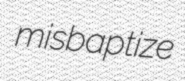
misbaptize